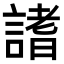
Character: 𧪡